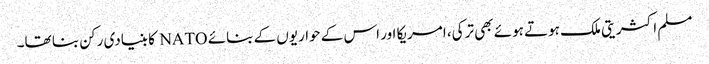
مسلم اکثریتی ملک ہوتے ہوئے بھی ترکی، امریکا اور اس کے حواریوں کے بنائے NATO کا بنیادی رکن بنا تھا۔